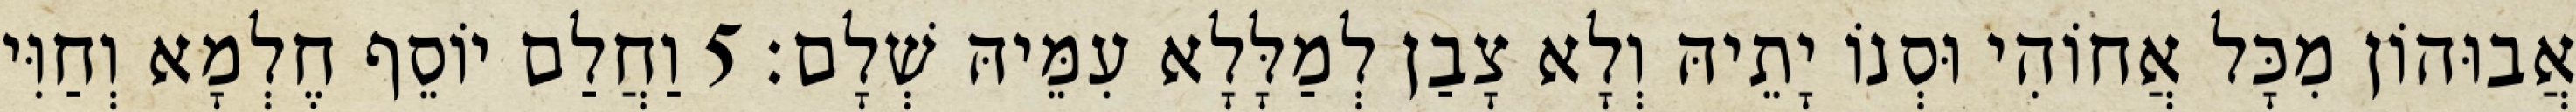
אֲבוּהוֹן מִכָּל אֲחוֹהִי וּסְנוֹ יָתֵיהּ וְלָא צָבַן לְמַלָּלָא עִמֵּיהּ שְׁלָם׃ 5 וַחֲלַם יוֹסֵף חֶלְמָא וְחַוִּי